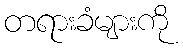
တရားခံများကို